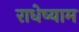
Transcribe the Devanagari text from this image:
राधेष्याम